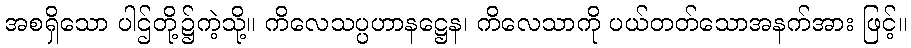
အစရှိသော ပါဌ်တို့၌ကဲ့သို့။ ကိလေသပ္ပဟာနဋ္ဌေန၊ ကိလေသာကို ပယ်တတ်သောအနက်အား ဖြင့်။